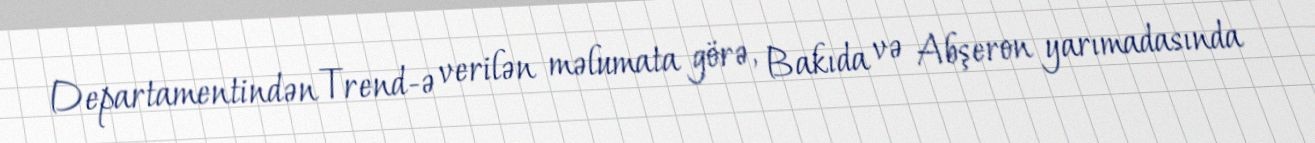
Departamentindən Trend-ə verilən məlumata görə, Bakıda və Abşeron yarımadasında